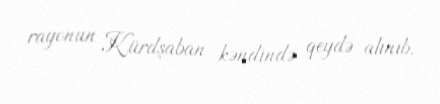
rayonun Kürdşaban kəndində qeydə alınıb.